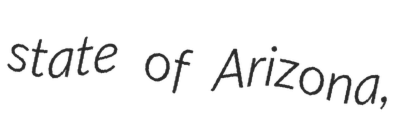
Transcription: state of Arizona,